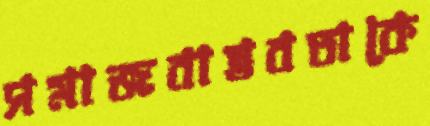
সমাজবাস্তবতাকে